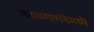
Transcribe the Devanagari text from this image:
काळगणनेमध्ये